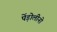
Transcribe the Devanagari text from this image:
पेंड़ोलीनो